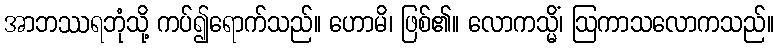
အာဘဿရဘုံသို့ ကပ်၍ရောက်သည်။ ဟောမိ၊ ဖြစ်၏။ လောကသ္မိံ၊ ဩကာသလောကသည်။